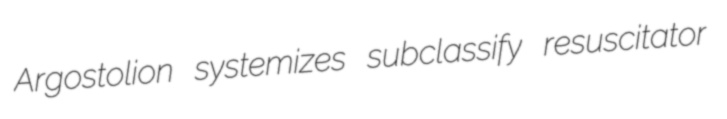
Argostolion systemizes subclassify resuscitator